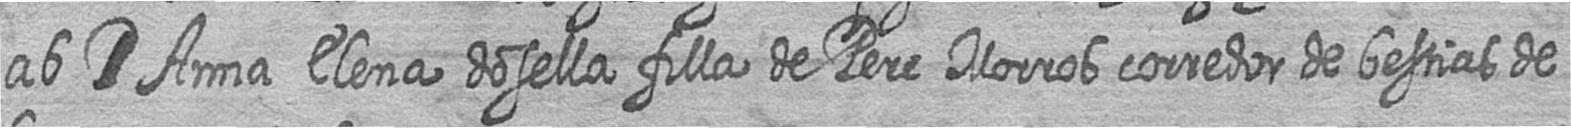
ab # Anna Elena dosella filla de Pere Morros corredor de bestias de